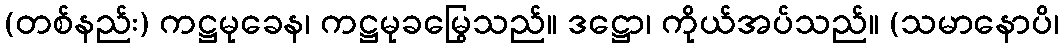
(တစ်နည်း) ကဋ္ဌမုခေန၊ ကဋ္ဌမုခမြွေသည်။ ဒဋ္ဌော၊ ကိုယ်အပ်သည်။ (သမာနောပိ၊